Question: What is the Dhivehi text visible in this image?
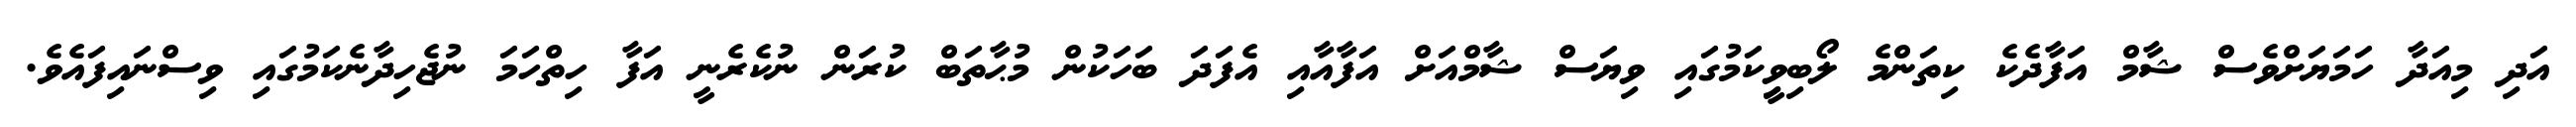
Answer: އަދި މިއަދާ ހަމަޔަށްވެސް ޝާމް އަފާދެކެ ކިތަންމެ ލޯބިވީިކަމުގައި ވިޔަސް ޝާމްއަށް އަފާއާއި އެފަދަ ބަހަކުން މުޙާތަބް ކުރަން ނުކެރެނީ އަފާ ހިތްހަމަ ނުޖެހިދާނެކަމުގައި ވިސްނައިފައެވެ.